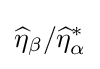
{\widehat {\eta }}_{\beta }/{\widehat {\eta }}_{\alpha }^{*}